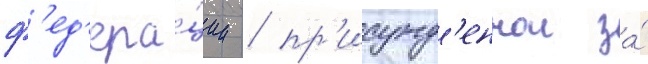
ф'ед'ера́ции / пр'исужд'еннои за́